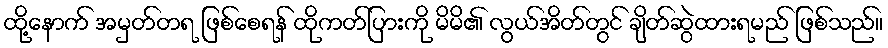
ထို့နောက် အမှတ်တရ ဖြစ်စေရန် ထိုကတ်ပြားကို မိမိ၏ လွယ်အိတ်တွင် ချိတ်ဆွဲထားရမည် ဖြစ်သည်။